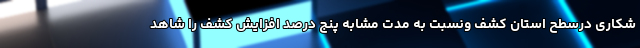
شکاری درسطح استان کشف ونسبت به مدت مشابه پنج درصد افزایش کشف را شاهد